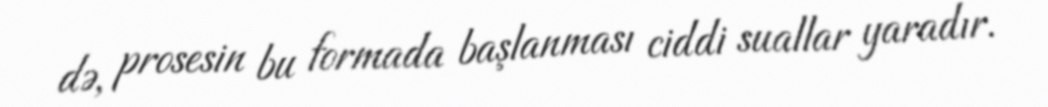
də, prosesin bu formada başlanması ciddi suallar yaradır.